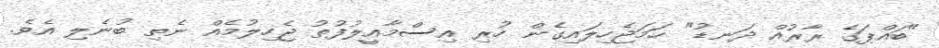
"ބައްޕަގެ ރާރުއް ދަނޑު" ހަމަޖެހިލައިގެން ހުރި އިސްމާއީލުފުތު ޖެހިލުމެއް ނެތި ބުނެލި އެވެ.